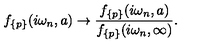
f _ { \{ p \} } ( i \omega _ { n } , a ) \to \frac { f _ { \{ p \} } ( i \omega _ { n } , a ) } { f _ { \{ p \} } ( i \omega _ { n } , \infty ) } { . }